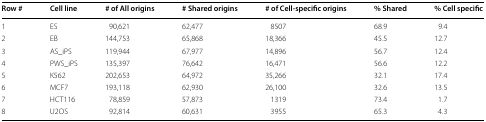
| Row # | Cell line | # of All origins | # Shared origins | # of Cell-specific origins | % Shared | % Cell specific |
 | --- | --- | --- | --- | --- | --- | --- |
 | 1 | ES | 90,621 | 62,477 | 8507 | 68.9 | 9.4 |
 | 2 | EB | 144,753 | 65,868 | 18,366 | 45.5 | 12.7 |
 | 3 | AS_iPS | 119,944 | 67,977 | 14,896 | 56.7 | 12.4 |
 | 4 | PWS_iPS | 135,397 | 76,642 | 16,471 | 56.6 | 12.2 |
 | 5 | K562 | 202,653 | 64,972 | 35,266 | 32.1 | 17.4 |
 | 6 | MCF7 | 193,118 | 62,930 | 26,100 | 32.6 | 13.5 |
 | 7 | HCT116 | 78,859 | 57,873 | 1319 | 73.4 | 1.7 |
 | 8 | U2OS | 92,814 | 60,631 | 3955 | 65.3 | 4.3 |